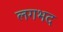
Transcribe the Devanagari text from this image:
लगभद